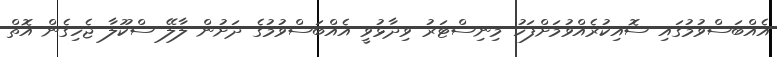
އެއްބަސްވުމުގައި ސޮއިކުރެެއްވުމަށްފަހު މިނިސްޓަރު ވިދާޅުވީ އެއްބަސްވުމުގެ ދަށުން ލާލޭ ސްކޫލާ ޖެހިގެން އޮތް